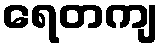
ရေတကျ